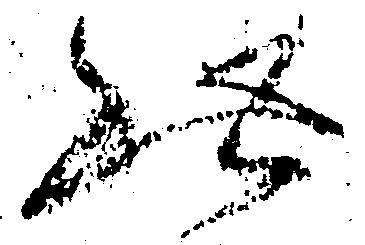
此